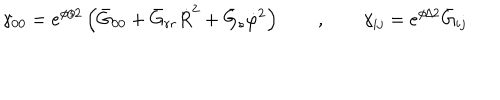
LaTeX: \gamma _ { 0 0 } = e ^ { \phi / 2 } \left( \bar { G } _ { 0 0 } + \bar { G } _ { r r } \dot { R } ^ { 2 } + \bar { G } _ { s } \dot { \varphi } ^ { 2 } \right) \qquad , \qquad \gamma _ { i j } = e ^ { \phi / 2 } \bar { G } _ { i j }